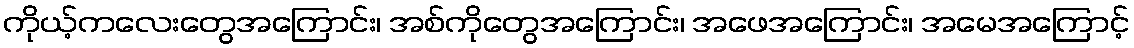
ကိုယ့်ကလေးတွေအကြောင်း၊ အစ်ကိုတွေအကြောင်း၊ အဖေအကြောင်း၊ အမေအကြောင့်